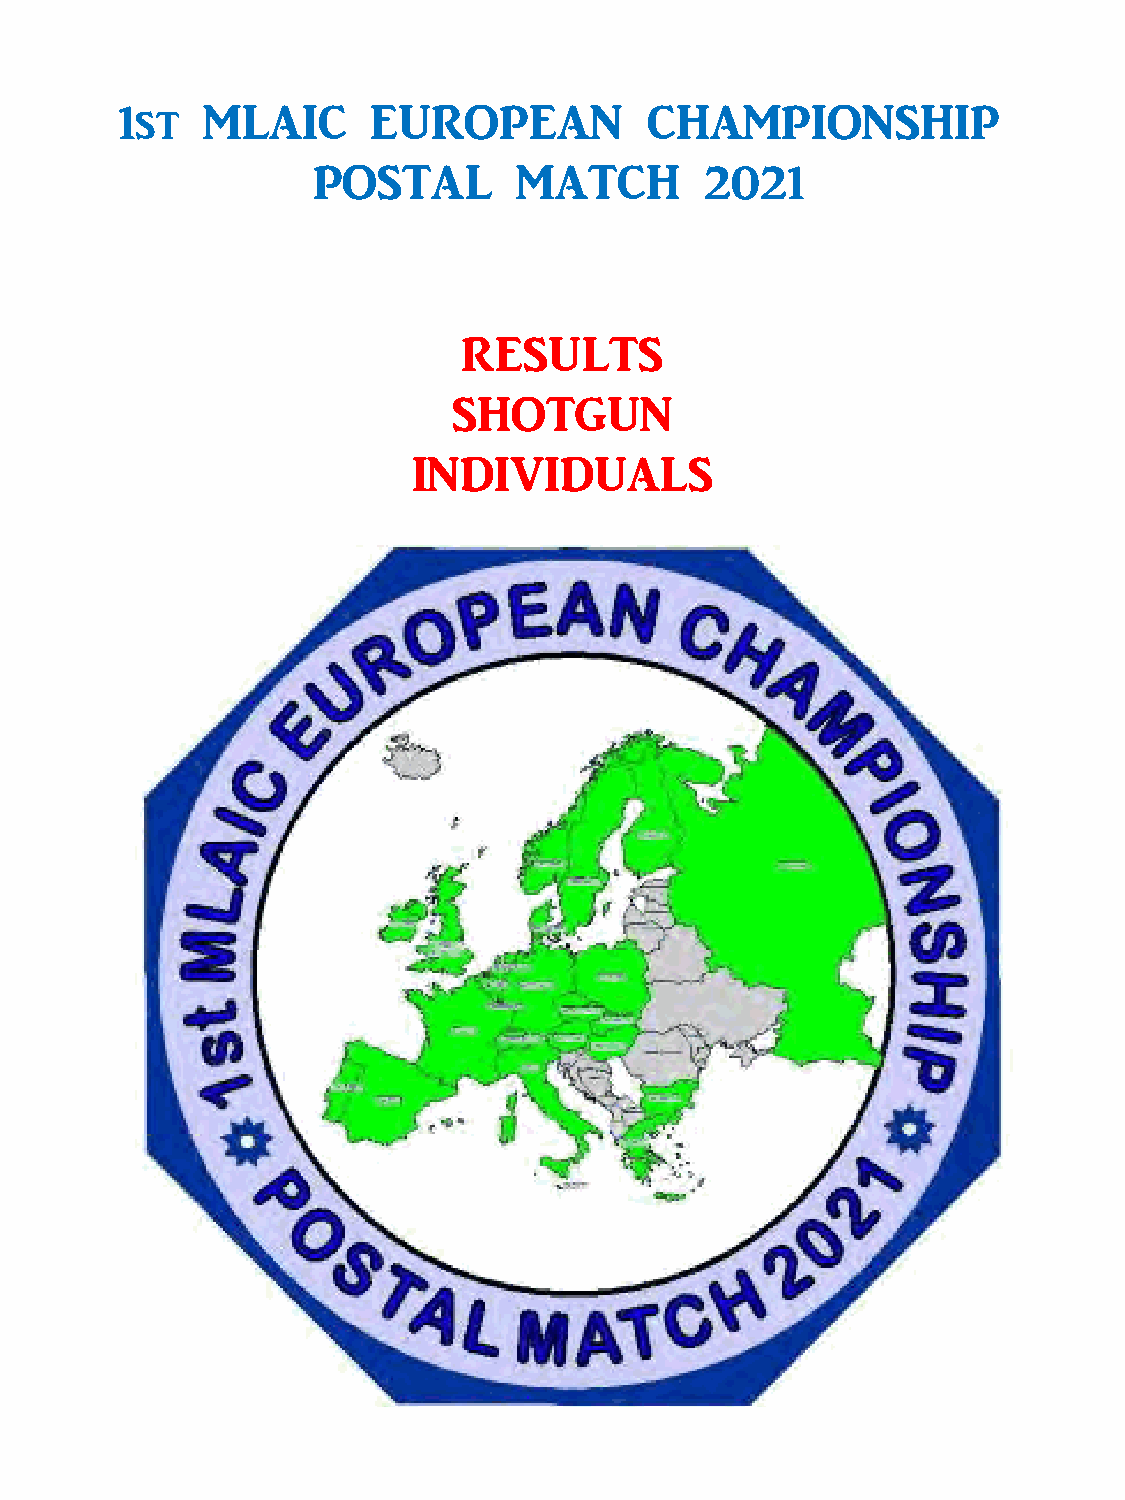
1st  MLAIC       EUROPEAN          CHAMPIONSHIP
 POSTAL       MATCH        2021
 RESULTS
 SHOTGUN
 INDIVIDUALS